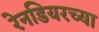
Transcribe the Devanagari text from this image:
रेनडियरच्या